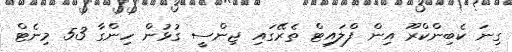
ގިނަ ކެބިންކްރޫ އިން ފްލައިޓް ތެރޭގައި ޖިންސީ ގުޅުން ހިންގާ 53 މިނެޓް